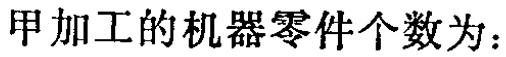
甲加工的机器零件个数为：